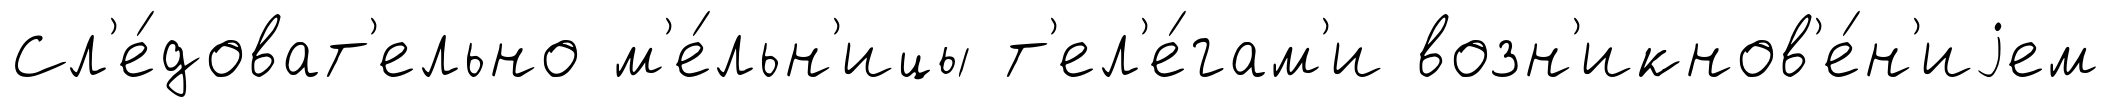
Сл'е́доват'ельно м'е́льн'ицы т'ел'е́гам'и возн'икнов'е́н'иjем